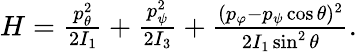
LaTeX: \begin{array}{r}{H=\frac{p_{\theta}^{2}}{2I_{1}}+\frac{p_{\psi}^{2}}{2I_{3}}+\frac{(p_{\varphi}-p_{\psi}\cos\theta)^{2}}{2I_{1}\sin^{2}\theta}.}\end{array}